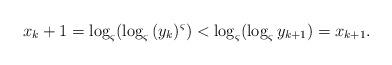
LaTeX: \begin{align*}x_k+1=\log_{\varsigma}(\log_{\varsigma}{(y_k)^\varsigma})<\log_{\varsigma}(\log_{\varsigma}y_{k+1})=x_{k+1}.\end{align*}